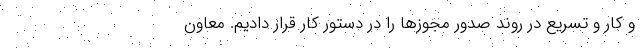
و کار و تسریع در روند صدور مجوزها را در دستور کار قرار دادیم. معاون